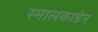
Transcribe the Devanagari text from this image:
स्मालकाडेन